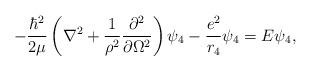
LaTeX: \begin{align*}-\frac{\hbar^2}{2\mu}\left(\nabla^2+\frac{1}{\rho^2}\frac{\partial^2}{\partial \Omega^2}\right)\psi_4 - \frac{e^2}{r_4}\psi_4 = E\psi_4,\end{align*}